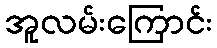
အူလမ်းကြောင်း